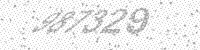
Solution: 987329